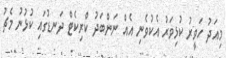
މިއަދު ހަވީރު ކުޅިވަރު އެކުވެނި އެއް ނަންބަދު ކްރިކެޓް ދަނޑުގައި ކުޅުނު މެޗު